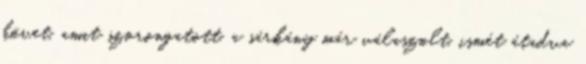
követ, amit szorongatott, a sárkány már válaszolt, ismét átadva